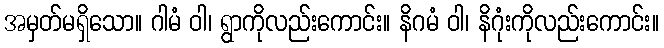
အမှတ်မရှိသော။ ဂါမံ ဝါ၊ ရွာကိုလည်းကောင်း။ နိဂမံ ဝါ၊ နိဂုံးကိုလည်းကောင်း။